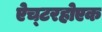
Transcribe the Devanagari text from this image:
ऐच्टरहोएक